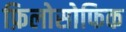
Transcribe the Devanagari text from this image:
फ़िलोसोफिक